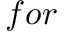
f o r